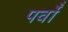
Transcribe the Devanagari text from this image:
पर्वोँ